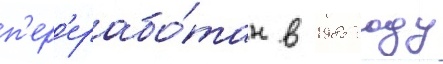
п'ер'ерабо́тан в 1985 году